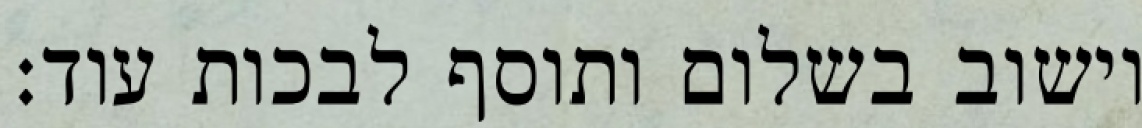
וישוב בשלום ותוסף לבכות עוד: